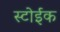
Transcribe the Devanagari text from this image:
स्टोईक